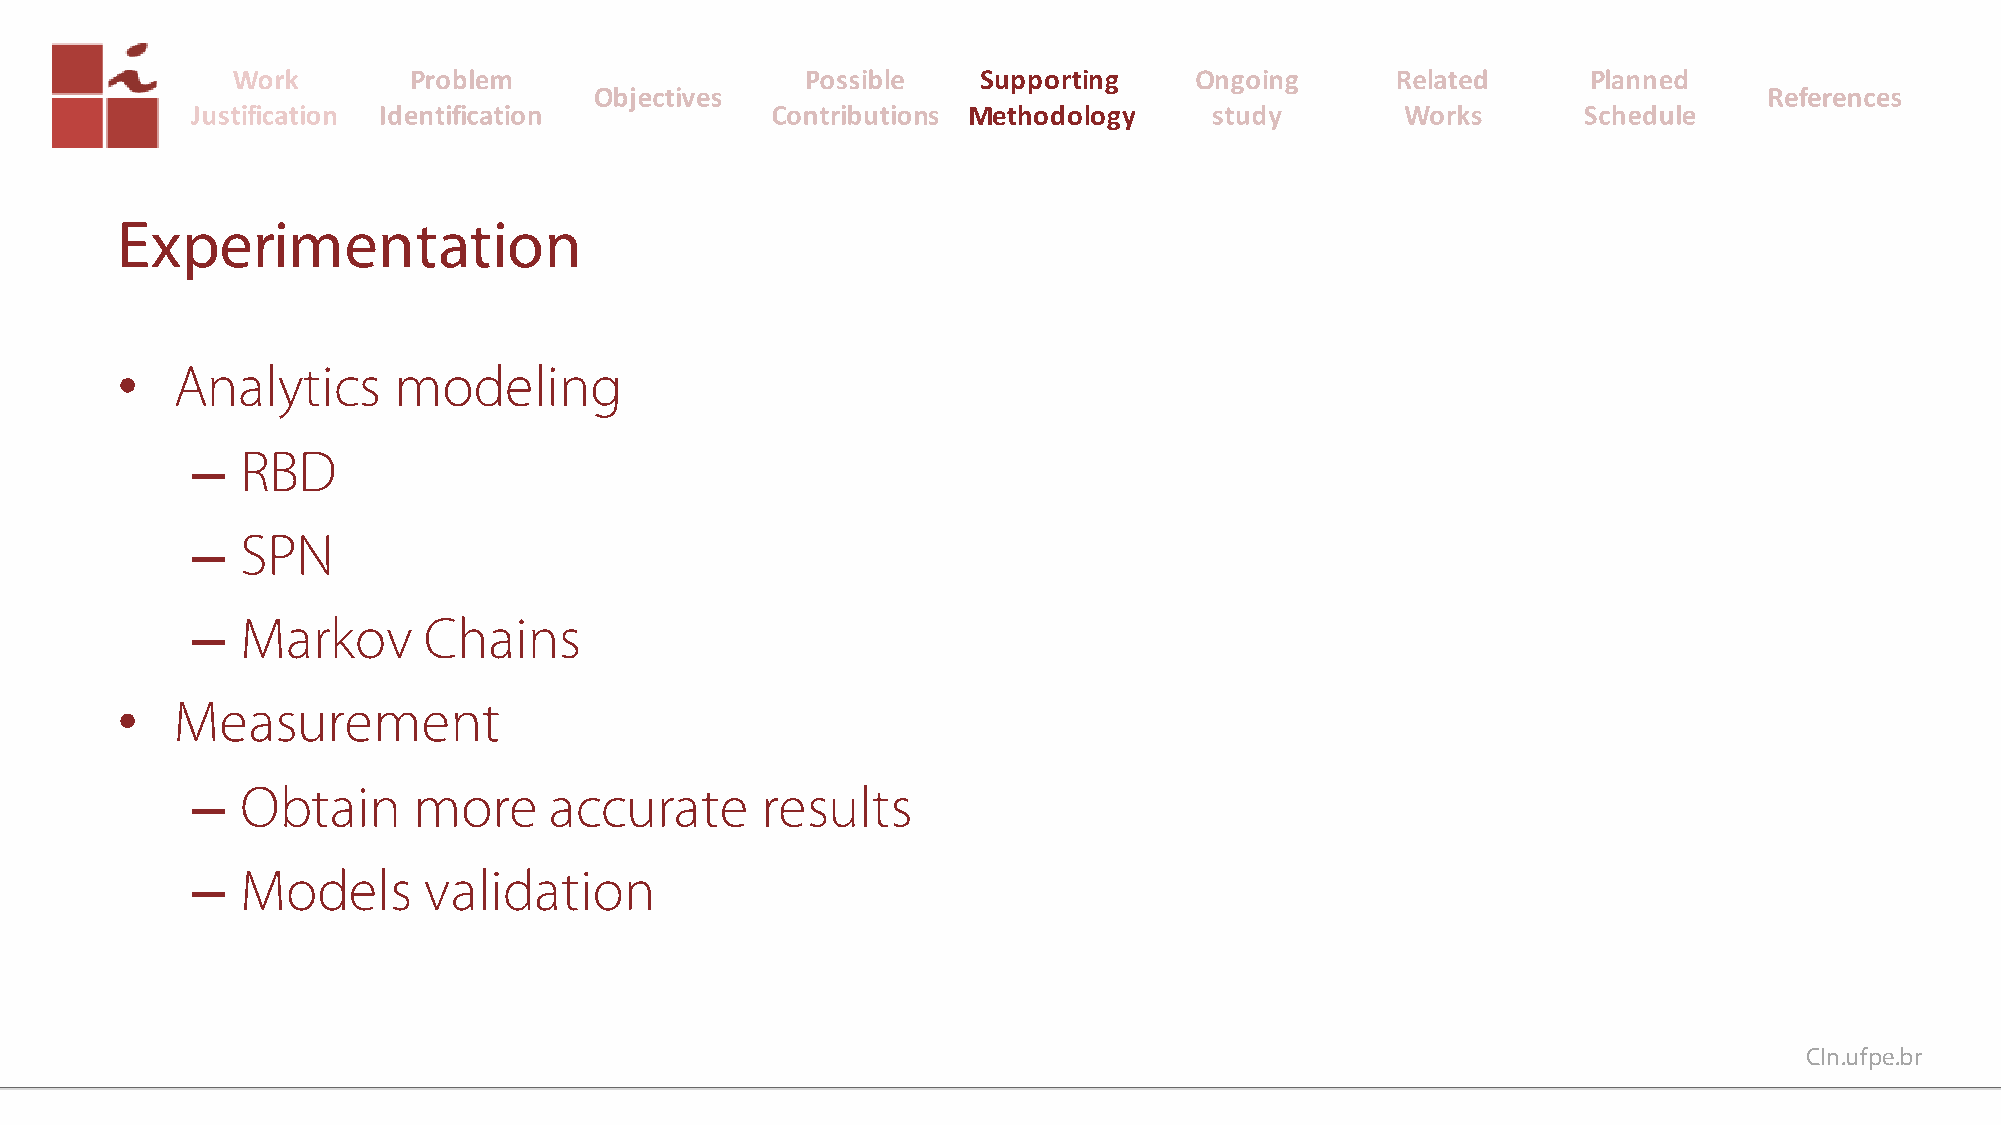
Supporting
 Methodology
 Experimentation
 •  Analytics      modeling
 –  RBD
 –  SPN
 –  Markov      Chains
 •  Measurement
 –  Obtain     more     accurate      results
 –  Models      validation
 CIn.ufpe.br